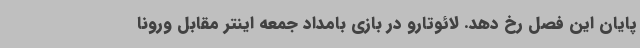
پایان این فصل رخ دهد. لائوتارو در بازی بامداد جمعه اینتر مقابل ورونا